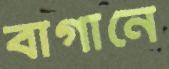
বাগানে